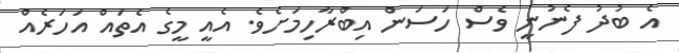
އެ ބުދު ފެނުނީ ވެސް ހަސަން އިބްރާހިމަށެވެ. އެއީ މީގެ އެތައް އަހަރެއް